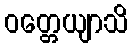
ဝတ္တေယျာသိ